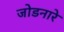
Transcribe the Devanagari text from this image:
जोडनारे